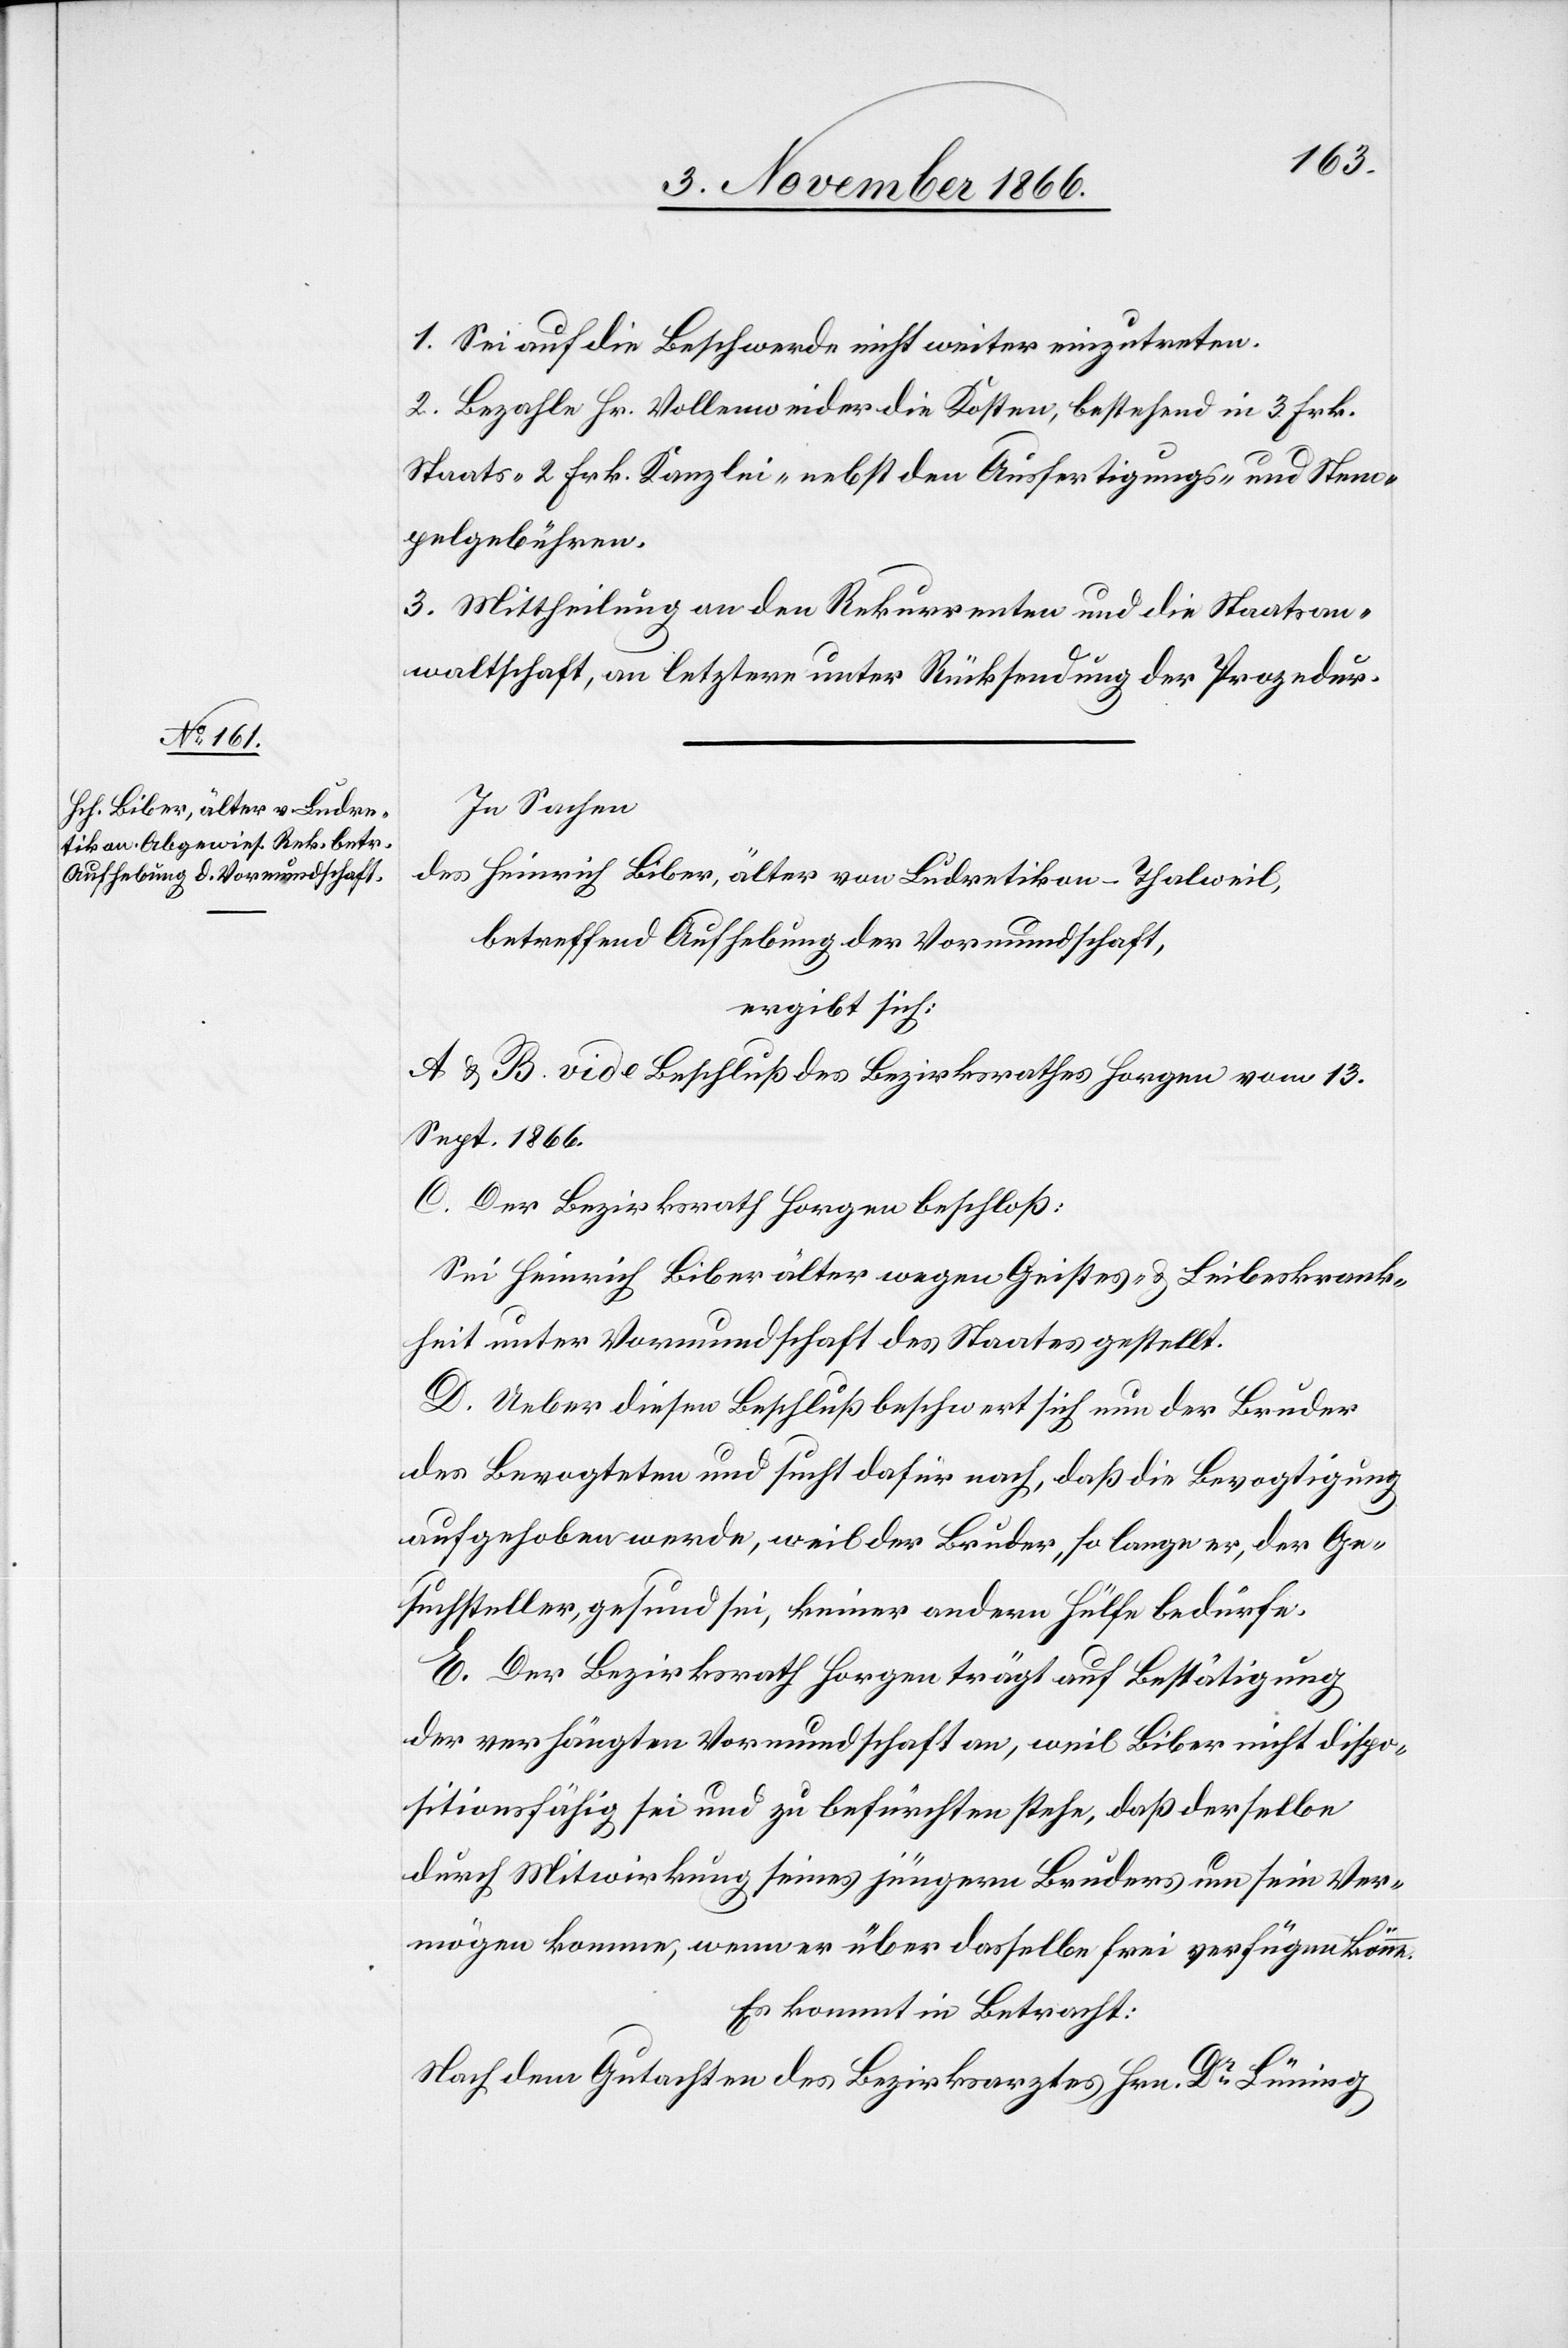
1. Sei auf die Beschwerde nicht weiter einzutreten.
2. Bezahle Hr. Vollenweider die Kosten, bestehend in 3 Frk.
Staats-[,] 2 Frk. Kanzlei- nebst den Ausfertigungs- und Stem¬
pelgebühren.
3. Mittheilung an den Rekurrenten und die Staatsan¬
waltschaft, an letztere unter Rücksendung der Prozedur.
In Sachen
des Heinrich Biber, älter von Ludretikon-Thalweil,
betreffend Aufhebung der Vormundschaft,
ergibt sich:
A & B. vide Beschluß des Bezirksrathes Horgen vom 13.
Sept. 1866.
C. Der Bezirksrath Horgen beschloß:
Sei Heinrich Biber älter wegen Geistes- & Leibeskrank¬
heit unter Vormundschaft des Staates gestellt.
D. Ueber diesen Beschluß beschwert sich nun der Bruder
des Bevogteten und sucht dafür nach, daß die Bevogtigung
aufgehoben werde, weil der Bruder, so lange er, der Ge¬
suchsteller, gesund sei, keiner andern Hülfe bedürfe.
E. Der Bezirksrath Horgen trägt auf Bestätigung
der verhängten Vormundschaft an, weil Biber nicht dispo¬
sitionsfähig sei und zu befürchten stehe, daß derselbe
durch Mitwirkung seines jüngern Bruders um sein Ver¬
mögen komme, wenn er über dasselbe frei verfügen könne.
Es kommt in Betracht:
Nach dem Gutachten des Bezirksarztes Hrn. Dr. Lüning